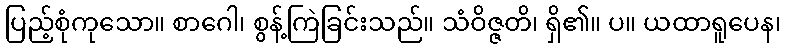
ပြည့်စုံကုသော။ စာဂေါ၊ စွန့်ကြဲခြင်းသည်။ သံဝိဇ္ဇတိ၊ ရှိ၏။ ပ။ ယထာရူပေန၊